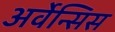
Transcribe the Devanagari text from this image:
अर्वेन्सिस